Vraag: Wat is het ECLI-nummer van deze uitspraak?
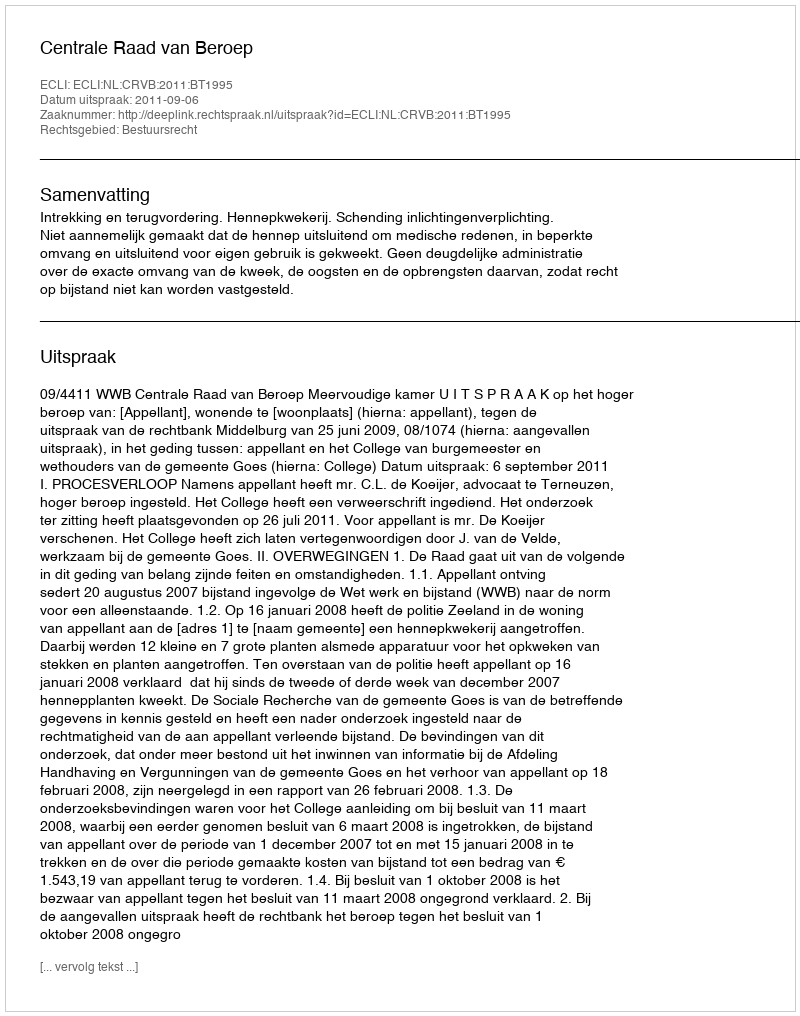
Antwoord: ECLI:NL:CRVB:2011:BT1995